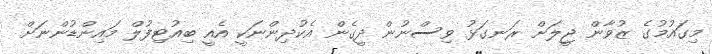
މިގައުމުގެ ޒުވާން ޖީލަށް ރަނގަޅު ވިސްނުން ދީގެން އެކުދިންނަކީ އެއީ ބިއުޓިފުލް މައިންޑުންނަށް